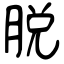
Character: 脫